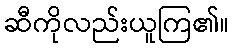
ဆီကိုလည်းယူကြ၏။